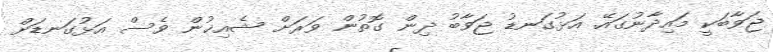
ޖަވާބަކީ މައިދާނުގައޭ. އަޅުގަނޑު ޖަވާބު ދިން ގޮތުން ވަރަށް ޝެއިޚުން ވެސް އަޅުގަނޑަށް